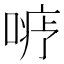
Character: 𪡦